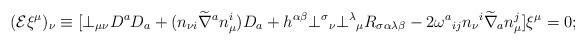
LaTeX: \begin{align*}({\cal E} \xi^{\mu})_{\nu} \equiv [ \bot_{\mu\nu} D^{a} D_{a}+ (n_{\nu i} \widetilde{\nabla}^{a} n^{i}_{\mu}) D_{a} +h^{\alpha\beta} \bot^{\sigma}{_{\nu}} \bot^{\lambda}{_{\mu}}R_{\sigma\alpha\lambda\beta} - 2 \omega^{a}{_{ij}} n_{\nu}{^{i}}\widetilde{\nabla}_{a} n^{j}_{\mu} ] \xi^{\mu} = 0;\end{align*}